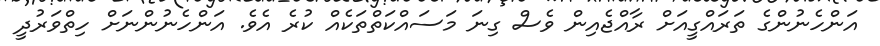
އަންހެނުންގެ ތަރައްގީއަށް ރާއްޖެއިން ވެސް ގިނަ މަސައްކަތްތަކެއް ކުރެ އެވެ. އަންހެނުންނަށް ހިތްވަރުދީ